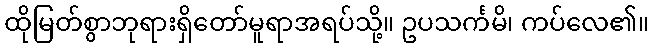
ထိုမြတ်စွာဘုရားရှိတော်မူရာအရပ်သို့။ ဥပသင်္ကမိ၊ ကပ်လေ၏။